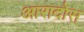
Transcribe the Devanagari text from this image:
आरादोस